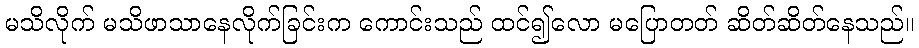
မသိလိုက် မသိဖာသာနေလိုက်ခြင်းက ကောင်းသည် ထင်၍လော မပြောတတ် ဆိတ်ဆိတ်နေသည်။